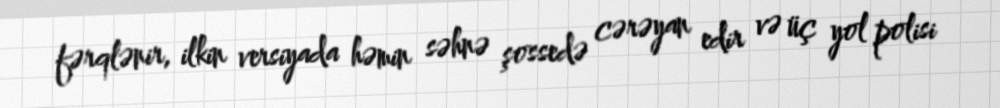
fərqlənir, ilkin versiyada həmin səhnə şossedə cərəyan edir və üç yol polisi